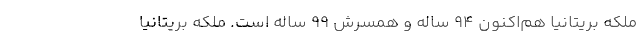
ملکه بریتانیا هم‌اکنون 94 ساله و همسرش 99 ساله است. ملکه بریتانیا